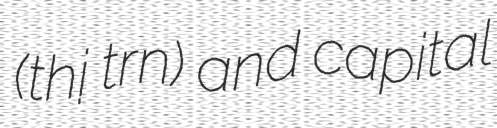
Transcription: (thị trấn) and capital